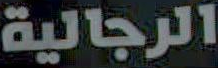
الرجالية